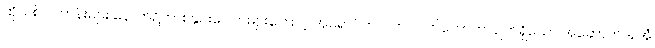
ထိုသစ်ပင်တန်းများ နောက်၌ကား နှင်းပေါက်များကြောင့် အရောင်တလက် လက်တောက်လျက်ရှိသော အဆောက်အအုံ